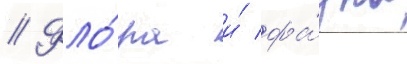
// Фло́ра и́ фа́уна